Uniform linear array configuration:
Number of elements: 48
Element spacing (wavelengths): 0.75
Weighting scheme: blackman
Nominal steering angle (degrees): -60
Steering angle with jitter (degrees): -59.119
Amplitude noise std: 0.05
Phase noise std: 0.05

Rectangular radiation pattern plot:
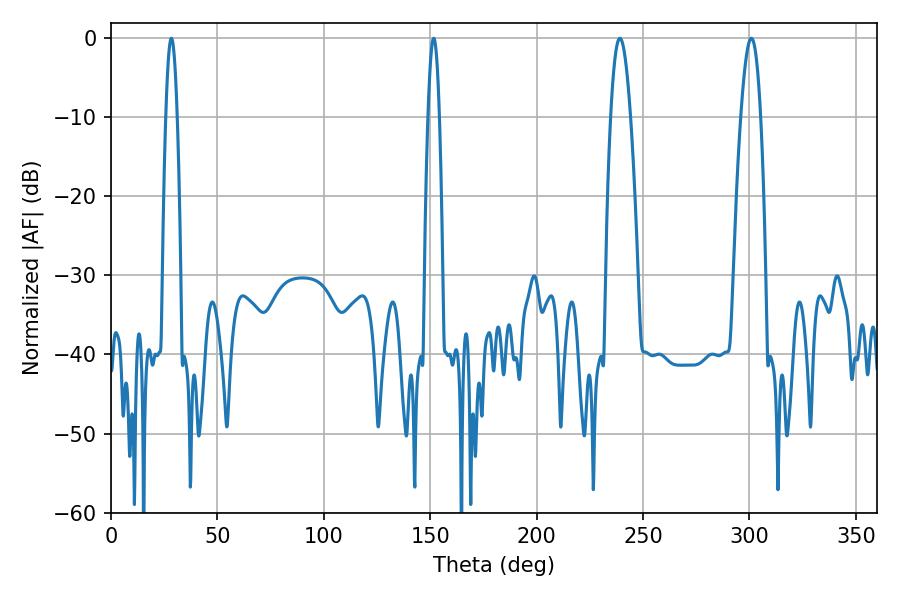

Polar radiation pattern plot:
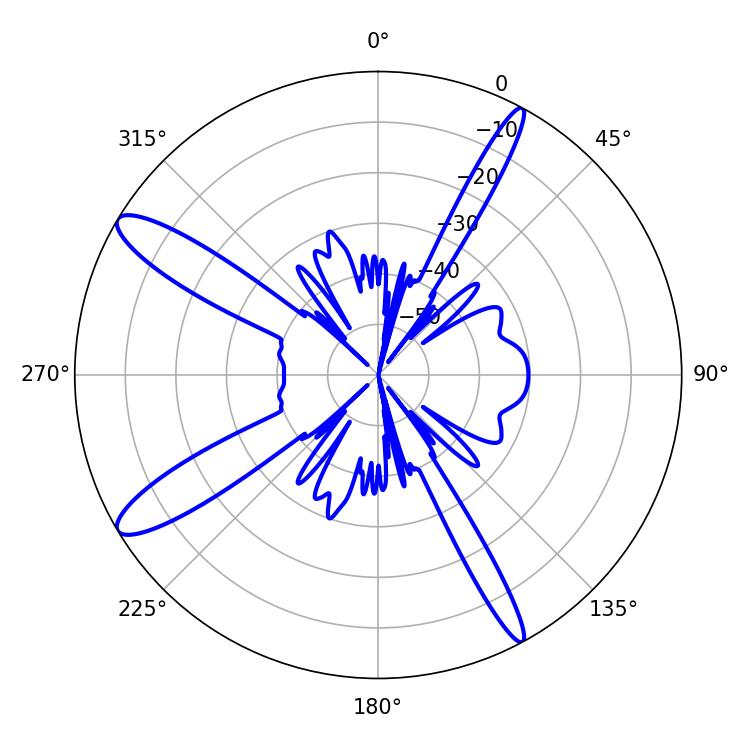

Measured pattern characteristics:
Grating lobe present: TRUE
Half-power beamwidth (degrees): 5.04
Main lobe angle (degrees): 300.96